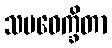
သမဝေက္ခိတာ